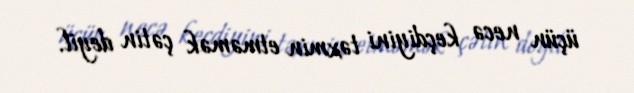
üçün necə keçdiyini təxmin etməmək çətin deyil.